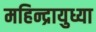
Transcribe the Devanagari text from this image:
महिन्द्रायुध्या